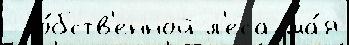
 со́бств'енной л'еса ма́я